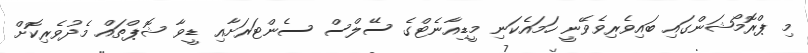
މި ޕްރޮމޯޝަންގައި ބައިވެރިވެވޭނީ ހަމައެކަނި މީޑިއާނެޓްގެ ސޭލްސް ސެންޓަރަށާއި ޑީވާ ޝޮޕްތައް މެދުވެރިކޮށް